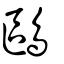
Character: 鷗